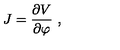
J = \frac { \partial V } { \partial \varphi } \ ,